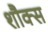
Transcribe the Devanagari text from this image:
शौक्स